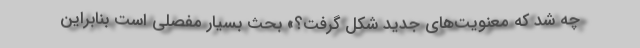
چه شد که معنویت‌های جدید شکل گرفت؟» بحث بسیار مفصلی است بنابراین